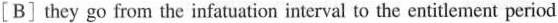
[B] they go from the infatuation interval to the entitlement period